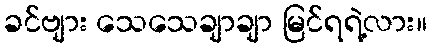
ခင်ဗျား သေသေချာချာ မြင်ရရဲ့လား။